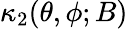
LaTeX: \kappa_{2}(\theta,\phi;B)